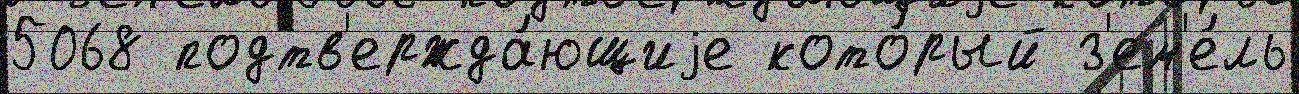
5068 подтв'ержда́ющиjе кото́рый з'ем'е́ль